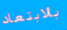
بالابتعاد